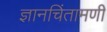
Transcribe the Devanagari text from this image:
ज्ञानचिंतामणी